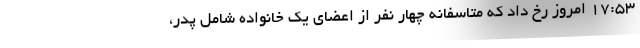
۱۷:۵۳ امروز رخ داد که متاسفانه چهار نفر از اعضای یک خانواده شامل پدر،